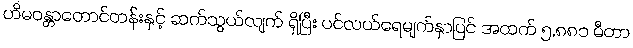
ဟိမဝန္တာတောင်တန်းနှင့် ဆက်သွယ်လျက် ရှိပြီး ပင်လယ်ရေမျက်နှာပြင် အထက် ၅,၈၈၁ မီတာ